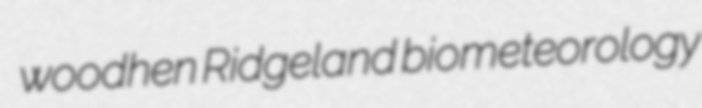
woodhen Ridgeland biometeorology